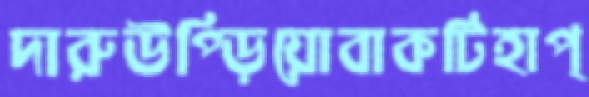
দারুউপ্‌ড়িয়োবাকটিহাপ্‌